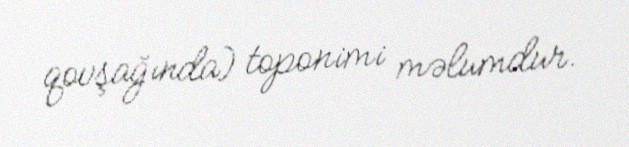
qovşağında) toponimi məlumdur.